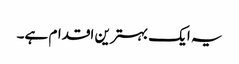
یہ ایک بہترین اقدام ہے۔